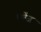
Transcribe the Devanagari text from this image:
एवेंज